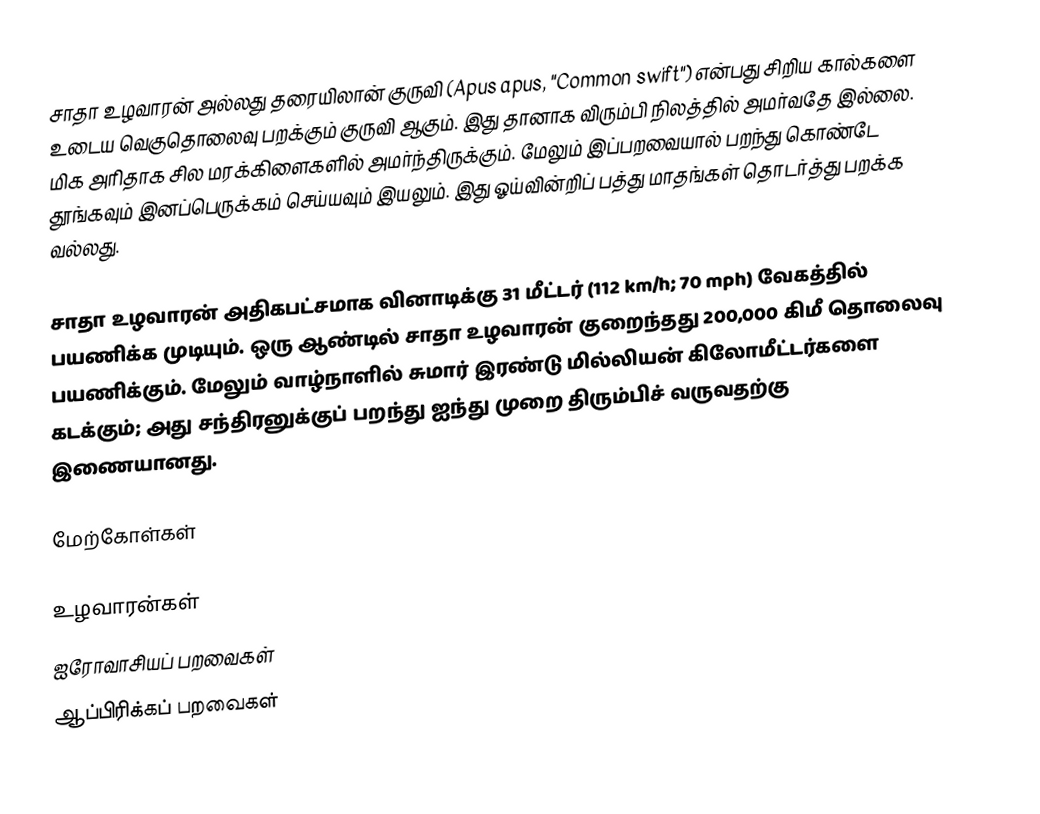
சாதா உழவாரன் அல்லது தரையிலான் குருவி (Apus apus, "Common swift") என்பது சிறிய கால்களை உடைய வெகுதொலைவு பறக்கும் குருவி ஆகும். இது தானாக விரும்பி நிலத்தில் அமர்வதே இல்லை. மிக அரிதாக சில மரக்கிளைகளில் அமர்ந்திருக்கும். மேலும் இப்பறவையால் பறந்து கொண்டே தூங்கவும் இனப்பெருக்கம் செய்யவும் இயலும். இது ஓய்வின்றிப் பத்து மாதங்கள் தொடர்த்து பறக்க வல்லது.

சாதா உழவாரன் அதிகபட்சமாக வினாடிக்கு 31 மீட்டர் (112 km/h; 70 mph) வேகத்தில் பயணிக்க முடியும். ஒரு ஆண்டில் சாதா உழவாரன் குறைந்தது 200,000 கிமீ தொலைவு பயணிக்கும். மேலும் வாழ்நாளில் சுமார் இரண்டு மில்லியன் கிலோமீட்டர்களை கடக்கும்; அது சந்திரனுக்குப் பறந்து  ஐந்து முறை திரும்பிச் வருவதற்கு இணையானது.

மேற்கோள்கள்

உழவாரன்கள்
ஐரோவாசியப் பறவைகள்
ஆப்பிரிக்கப் பறவைகள்